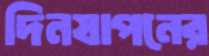
দিনযাপনের